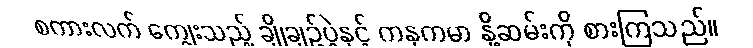
စကားလက် ကျွေးသည့် ချိုချဉ်ပွဲနှင့် ကနုကမာ နို့ဆမ်းကို စားကြသည်။